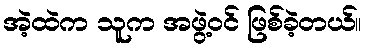
အဲ့ထဲက သူက အဖွဲ့ဝင် ဖြစ်ခဲ့တယ်။